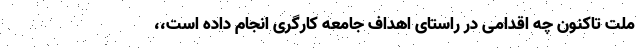
ملت تاکنون چه اقدامی در راستای اهداف جامعه کارگری انجام داده است،،